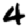
Digit: 4